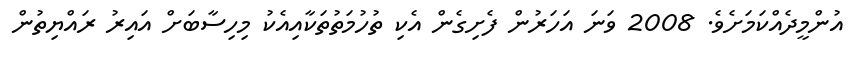
އުންމީދެއްކަމަށެވެ. 2008 ވަނަ އަހަރުން ފެށިގެން އެކި ތުހުމަތުތަކާއިއެކު މިހިސާބަށް އައިރު ރައްޔިތުން